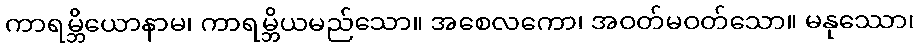
ကာရမ္ဘိယောနာမ၊ ကာရမ္ဘိယမည်သော။ အစေလကော၊ အဝတ်မဝတ်သော။ မနုဿော၊